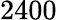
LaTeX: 2400